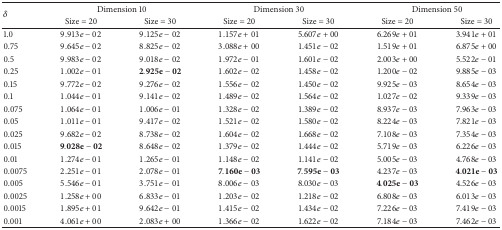
<table><thead><tr><td rowspan="2"><b><i>δ</i></b></td><td colspan="2"><b>Dimension 10</b></td><td colspan="2"><b>Dimension 30</b></td><td colspan="2"><b>Dimension 50</b></td></tr><tr><td><b>Size = 20</b></td><td><b>Size = 30</b></td><td><b>Size = 20</b></td><td><b>Size = 30</b></td><td><b>Size = 20</b></td><td><b>Size = 30</b></td></tr></thead><tbody><tr><td>1.0</td><td>9.913<i>e</i> − 02</td><td>9.125<i>e</i> − 02</td><td>1.157<i>e</i> + 01</td><td>5.607<i>e</i> + 00</td><td>6.269<i>e</i> + 01</td><td>3.941<i>e</i> + 01</td></tr><tr><td>0.75</td><td>9.645<i>e</i> − 02</td><td>8.825<i>e</i> − 02</td><td>3.088<i>e</i> + 00</td><td>1.451<i>e</i> − 02</td><td>1.519<i>e</i> + 01</td><td>6.875<i>e</i> + 00</td></tr><tr><td>0.5</td><td>9.983<i>e</i> − 02</td><td>9.018<i>e</i> − 02</td><td>1.972<i>e</i> − 01</td><td>1.601<i>e</i> − 02</td><td>2.003<i>e</i> + 00</td><td>5.522<i>e</i> − 01</td></tr><tr><td>0.25</td><td>1.002<i>e</i> − 01</td><td>2.925<b>e</b> − 02</td><td>1.602<i>e</i> − 02</td><td>1.458<i>e</i> − 02</td><td>1.200<i>e</i> − 02</td><td>9.885<i>e</i> − 03</td></tr><tr><td>0.15</td><td>9.772<i>e</i> − 02</td><td>9.276<i>e</i> − 02</td><td>1.556<i>e</i> − 02</td><td>1.450<i>e</i> − 02</td><td>9.925<i>e</i> − 03</td><td>8.654<i>e</i> − 03</td></tr><tr><td>0.1</td><td>1.044<i>e</i> − 01</td><td>9.141<i>e</i> − 02</td><td>1.489<i>e</i> − 02</td><td>1.564<i>e</i> − 02</td><td>1.027<i>e</i> − 02</td><td>9.339<i>e</i> − 03</td></tr><tr><td>0.075</td><td>1.064<i>e</i> − 01</td><td>1.006<i>e</i> − 01</td><td>1.328<i>e</i> − 02</td><td>1.389<i>e</i> − 02</td><td>8.937<i>e</i> − 03</td><td>7.963<i>e</i> − 03</td></tr><tr><td>0.05</td><td>1.011<i>e</i> − 01</td><td>9.417<i>e</i> − 02</td><td>1.521<i>e</i> − 02</td><td>1.580<i>e</i> − 02</td><td>8.224<i>e</i> − 03</td><td>7.821<i>e</i> − 03</td></tr><tr><td>0.025</td><td>9.682<i>e</i> − 02</td><td>8.738<i>e</i> − 02</td><td>1.604<i>e</i> − 02</td><td>1.668<i>e</i> − 02</td><td>7.108<i>e</i> − 03</td><td>7.354<i>e</i> − 03</td></tr><tr><td>0.015</td><td>9.028<b>e</b> − 02</td><td>8.648<i>e</i> − 02</td><td>1.379<i>e</i> − 02</td><td>1.444<i>e</i> − 02</td><td>5.719<i>e</i> − 03</td><td>6.226<i>e</i> − 03</td></tr><tr><td>0.01</td><td>1.274<i>e</i> − 01</td><td>1.265<i>e</i> − 01</td><td>1.148<i>e</i> − 02</td><td>1.141<i>e</i> − 02</td><td>5.005<i>e</i> − 03</td><td>4.768<i>e</i> − 03</td></tr><tr><td>0.0075</td><td>2.251<i>e</i> − 01</td><td>2.078<i>e</i> − 01</td><td>7.160<b>e</b> − 03</td><td>7.595<b>e</b> − 03</td><td>4.237<i>e</i> − 03</td><td>4.021<b>e</b> − 03</td></tr><tr><td>0.005</td><td>5.546<i>e</i> − 01</td><td>3.751<i>e</i> − 01</td><td>8.006<i>e</i> − 03</td><td>8.030<i>e</i> − 03</td><td>4.025<b>e</b> − 03</td><td>4.526<i>e</i> − 03</td></tr><tr><td>0.0025</td><td>1.258<i>e</i> + 00</td><td>6.833<i>e</i> − 01</td><td>1.203<i>e</i> − 02</td><td>1.218<i>e</i> − 02</td><td>6.808<i>e</i> − 03</td><td>6.013<i>e</i> − 03</td></tr><tr><td>0.0015</td><td>1.895<i>e</i> + 01</td><td>9.642<i>e</i> − 01</td><td>1.415<i>e</i> − 02</td><td>1.434<i>e</i> − 02</td><td>7.226<i>e</i> − 03</td><td>7.419<i>e</i> − 03</td></tr><tr><td>0.001</td><td>4.061<i>e</i> + 00</td><td>2.083<i>e</i> + 00</td><td>1.366<i>e</i> − 02</td><td>1.622<i>e</i> − 02</td><td>7.184<i>e</i> − 03</td><td>7.462<i>e</i> − 03</td></tr></tbody></table>